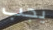
يجب